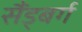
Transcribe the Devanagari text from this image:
सैंड्बर्ग